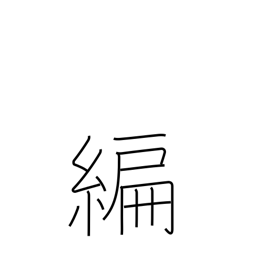
Meaning: part of a book